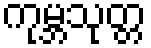
ကုမ္ဘသုတ္တ